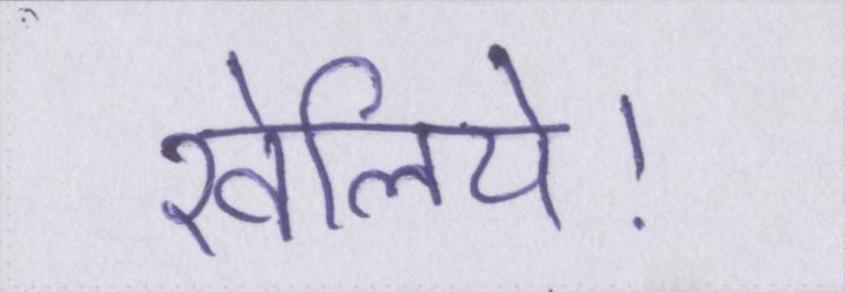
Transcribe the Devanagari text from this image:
खेलिये।